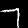
Label: 7